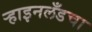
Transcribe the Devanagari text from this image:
ऱ्हाइनलँडचा